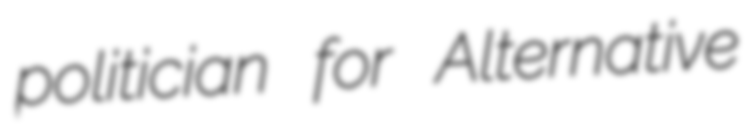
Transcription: politician for Alternative